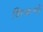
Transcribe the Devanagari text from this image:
शिकनों